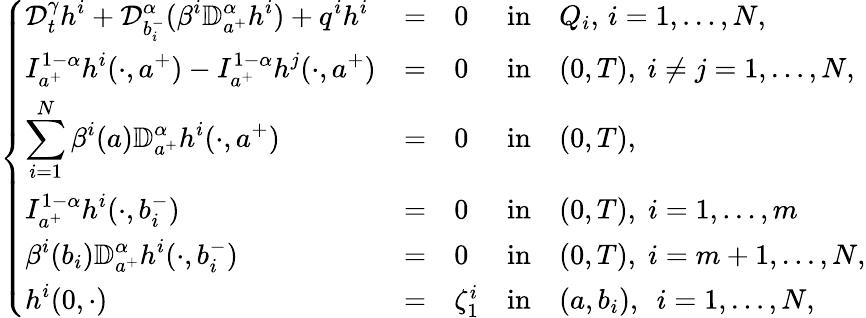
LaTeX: \left\{ \begin{array}{lllllllllllllllll}{\displaystyle{\mathcal D}_{t}^{\gamma}h^{i}+\mathcal{D}_{b_{i}^{-}}^{\alpha}(\beta^{i}\mathbb{D}_{a^{+}}^{\alpha}h^{i})+q^{i}h^{i}}&{=}&{0}&{\mathrm{in}}&{Q_{i},\, i=1,\dots,N,}\\ {\displaystyle I_{a^{+}}^{1-\alpha}h^{i}(\cdot,a^{+})-I_{a^{+}}^{1-\alpha}h^{j}(\cdot,a^{+})}&{=}&{0}&{\mathrm{in}}&{(0,T),~i\neq j=1,\dots,N,}\\ {\displaystyle\sum_{i=1}^{N}\beta^{i}(a)\mathbb{D}_{a^{+}}^{\alpha}h^{i}(\cdot,a^{+})}&{=}&{0}&{\mathrm{in}}&{(0,T),}\\ {\displaystyle I_{a^{+}}^{1-\alpha}h^{i}(\cdot,b_{i}^{-})}&{=}&{0}&{\mathrm{in}}&{(0,T),\; i=1,\dots,m}\\ {\displaystyle\beta^{i}(b_{i})\mathbb{D}_{a^{+}}^{\alpha}h^{i}(\cdot,b_{i}^{-})}&{=}&{0}&{\mathrm{in}}&{(0,T),\; i=m+1,\dots,N,}\\ {\displaystyle h^{i}(0,\cdot)}&{=}&{\zeta_{1}^{i}}&{\mathrm{in}}&{(a,b_{i}),~~i=1,\dots,N,}\end{array}\right.